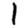
Digit: 1